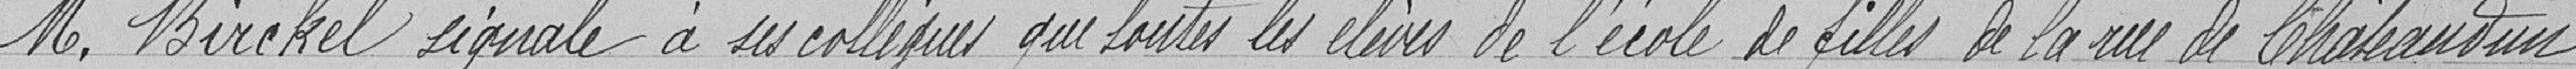
M. Birckel signale à ses collègues que toutes les élèves de l'école de filles de la rue de Châteaudun